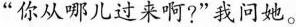
”你从哪儿过来啊?”我问她。